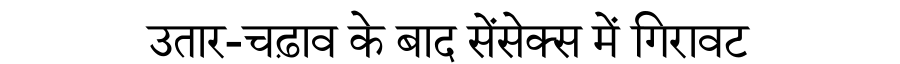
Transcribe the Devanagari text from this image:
उतार-चढ़ाव के बाद सेंसेक्स में गिरावट